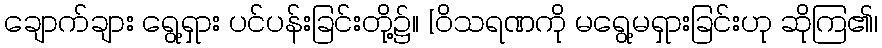
ချောက်ချား ရွေ့ရှား ပင်ပန်းခြင်းတို့၌။ [ဝိသရဏကို မရွေ့မရှားခြင်းဟု ဆိုကြ၏၊